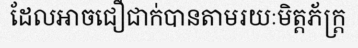
ដែលអាចជឿជាក់បានតាមរយៈមិត្តភ័ក្ត្រ